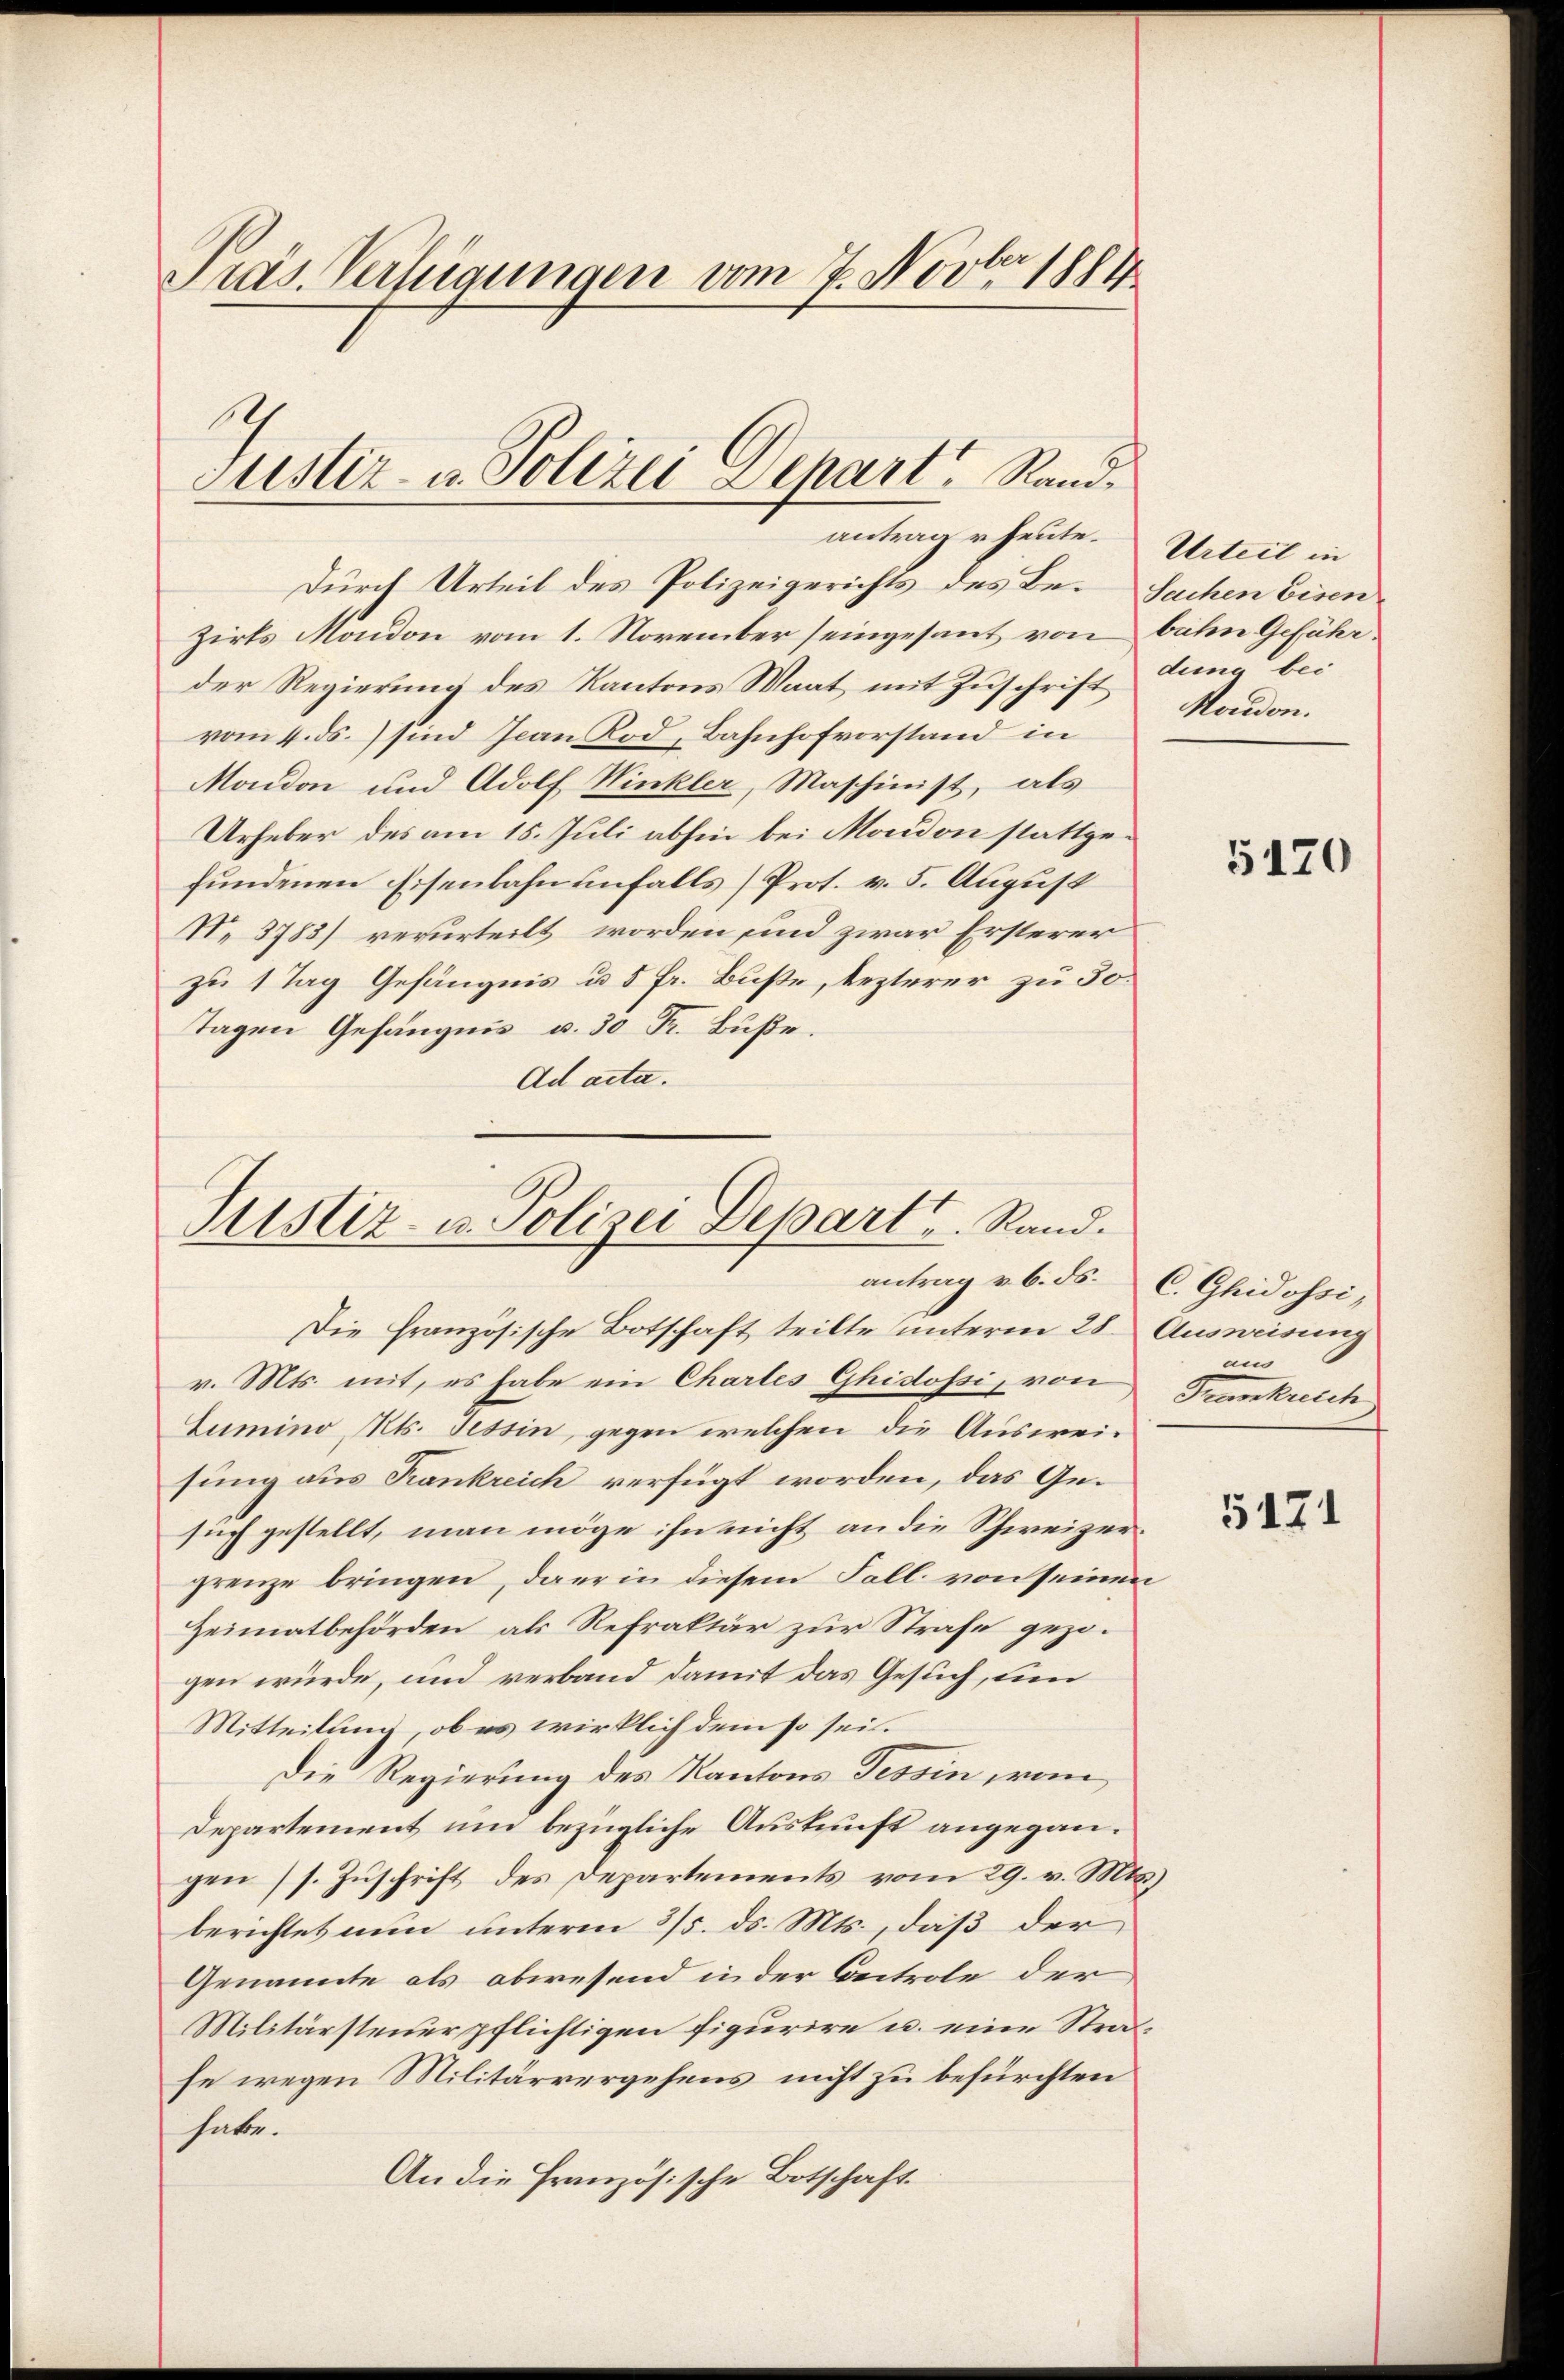
Präs. Verfügungen vom 27. Novber 1884.

Durch Urteil des Polizeigerichts des Be- Sachen Eisen
zirks Mondon vom 1. November seingesant von bahn Geführder Regierung des Kantons Maat mit Zuschrift duna bei
vom 4. ds. sind Jean Rod, Bahnhofvorstand in
Mondon und Adolf Winkler, Maschinist, als
Urheber des am 15. Juli abhin bei Mondon stattgefundenen Eisenbahn unfalls Prof. v. 5. August
N. 3783) verurteilt worden sind zwar Ersterer
zu 1 Tag Gefängnis u. 5 fr. Buße, lezterer zu 30.
Tagen Gefängnis u. 30 Fr. Buße.
Ad acta.

Justiz- u. Polizei Depart, Randantrag u. heute.

Justiz- u. Polizei Depart. Stand.
antrag v. 6. ds. C. Ghidossi,

Die Französische Botschaft teilte unterm 28. Ausweisung
v. Mts. mit, es habe ein Chartes Ghidossi, von Frankreich
Lumino Mts. Tessin, gegen welchen die Ausweisung aus Rankreich verfügt worden, das Gesuch gestellt, man möge ihn nicht an die Schweizergrenze bringen, darin diesem Fall von seinen
Heimatbehörden als Refraktär zur Strafe gezogen würde, und verband damit das Gesuch, um
Mitteilung, ob es wirklich dem so sei.
Die Regierung des Kantons Tessin von
Departement und bezügliche Auskunft angegangen (s. Zuschrift des Departements vom 29. v. Mts.)
berichtet nun unterm 3/5. ds. Mts., daß der
Genannte als abwesend in der Beitrole der
Militärsteuerpflichtigen figurire u. eine Strahe wegen Militärvergehens nicht zu befürchten
habe.
An die Französische Botschaft.

Urteil in
Madon.

5120

im

5171